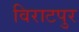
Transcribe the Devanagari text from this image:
विराटपुर